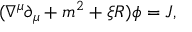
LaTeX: ( \nabla ^ { \mu } \partial _ { \mu } + m ^ { 2 } + \xi R ) \phi = J ,